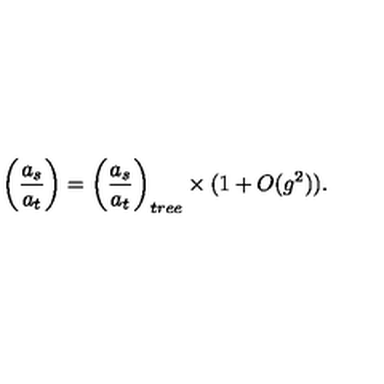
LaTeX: \biggl ( { \frac { a _ { s } } { a _ { t } } } \biggr ) = \biggl ( { \frac { a _ { s } } { a _ { t } } } \biggr ) _ { t r e e } \times ( 1 + O ( g ^ { 2 } ) ) .